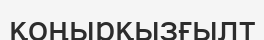
қоңырқызғылт